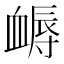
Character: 𧗈